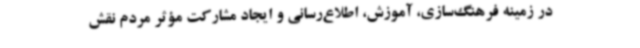
در زمینه فرهنگ‌سازی، آموزش، اطلاع‌رسانی و ایجاد مشارکت مؤثر مردم نقش